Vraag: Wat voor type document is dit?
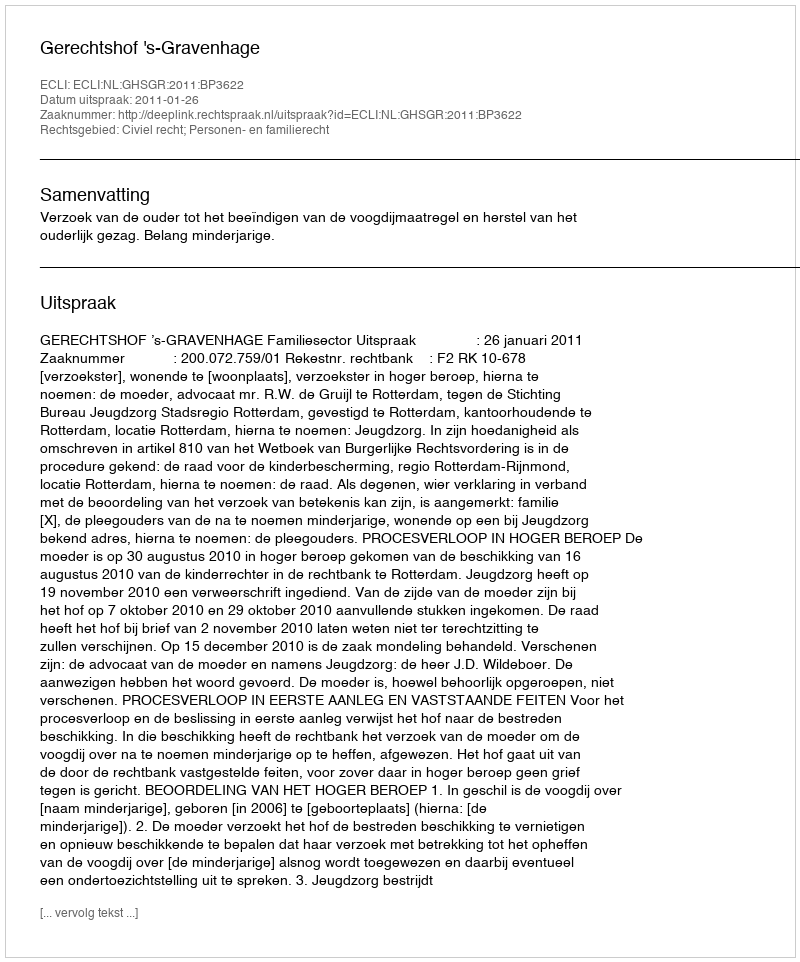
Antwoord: Uitspraak